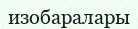
изобаралары